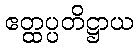
ဧတ္ထပ္ပတိဋ္ဌာယ